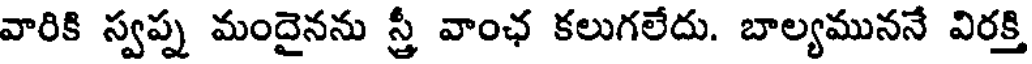
వారికి స్వప్న మందైనను స్త్రీ వాంఛ కలుగలేదు. బాల్యముననే విరక్తి